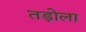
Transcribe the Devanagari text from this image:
तड़ोला